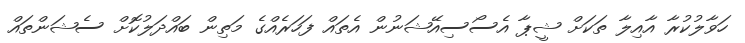
ހަވާލުކުރާ އާއިލާ ތަކަށް ޝީޕާ އެސޯސިއޭޝަނުން އެތައް ފަހަރެއްގެ މަތިން ބައްދަލުކޮށް ސެޝަންތައް